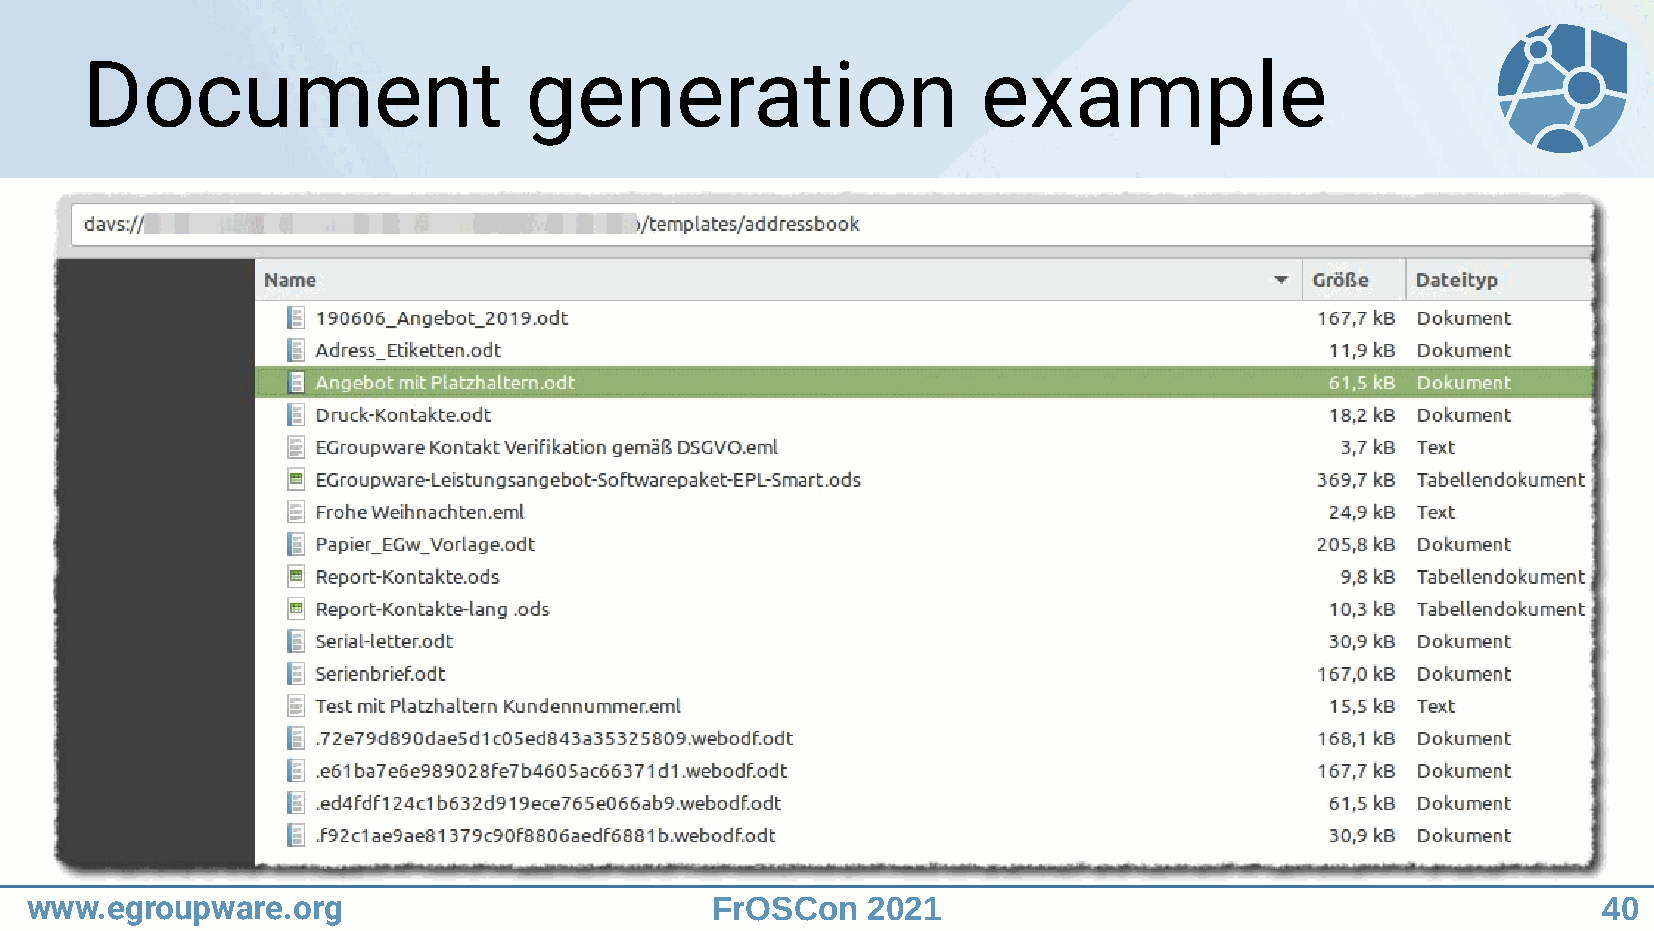
Document                      generation                    example
 www.egroupware.org                           FrOSCon   2021                                             40